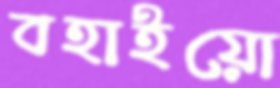
বহাইয়ো